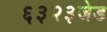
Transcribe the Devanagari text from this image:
६३२३जेड